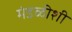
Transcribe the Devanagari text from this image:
मंडळीशी